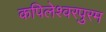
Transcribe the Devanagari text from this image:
कपिलेश्वरपुरम